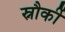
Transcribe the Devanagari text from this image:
स्नौर्की